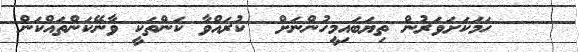
٧    ހަމަކަށަވަރުން ތިޔަބައިމީހުންނަށް  ކުރައްވާ ކަންތަކީ ވާނޭކަންތައްކަން